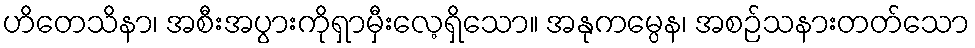
ဟိတေသိနာ၊ အစီးအပွားကိုရှာမှီးလေ့ရှိသော။ အနုကမ္ပေန၊ အစဉ်သနားတတ်သော